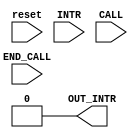
module interrupt_producer(reset,INTR,CALL,END_CALL,OUT_INTR);
input INTR,CALL,END_CALL,reset;
output reg OUT_INTR;

reg active_call,activate_INTR;

always@(reset)begin
//	active_call=1'b0;
	//activate_INTR=1'b0;
	OUT_INTR=1'b0;
end

//always@(*)begin
//if(CALL)
	//active_call=1'b1;

//else if(END_CALL)
//	active_call=1'b0;
//else
//	active_call=active_call;
//	end
assign active_call=(reset==1'b1)?1'b0:(CALL==1'b1)?1'b1:(END_CALL==1'b1)?1'b0:active_call;
assign activate_INTR=(reset==1'b1)?1'b0:(INTR==1'b1)?1'b1:(active_call==1'b0)?1'b0:activate_INTR;


//always@(*)begin
//if(INTR)
//	activate_INTR=1'b1;
//else if(active_call==1'b0)
	//	activate_INTR=1'b0;
//else
//	activate_INTR=activate_INTR;
//end


always@(activate_INTR,active_call)begin
	if(active_call==1'b0&&activate_INTR==1'b1)begin
		//OUT_INTR=1'b1;
		activate_INTR=1'b0;
		active_call=1'b0; //nonsense statement but ok ^^
	end
	else if(active_call==1'b0&&activate_INTR==1'b0)
		OUT_INTR=1'b0;
end

//assign activate_INTR=(INTR==1'b1)?1'b1:activate_INTR;
//assign active_call = (CALL==1'b1)?1'b1:
	//				 (END_CALL==1'b1)?1'b0:active_call;
assign OUT_INTR = (active_call==1'b0&&activate_INTR==1'b1)?1'b1:1'b0;

endmodule